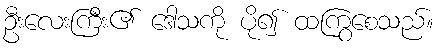
ဦးလေးကြီး၏ ဒေါသကို ပို၍ ထကြွစေသည်။